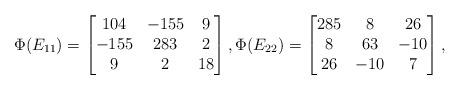
LaTeX: \begin{align*}\Phi(E_{11})=\begin{bmatrix} 104 & -155 & 9 \\ -155 & 283 & 2 \\ 9 & 2 & 18 \\ \end{bmatrix}, \Phi(E_{22})=\begin{bmatrix} 285 & 8 & 26 \\ 8 & 63 & -10 \\ 26 & -10 & 7 \\ \end{bmatrix}, \end{align*}